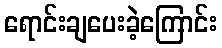
ရောင်းချပေးခဲ့ကြောင်း